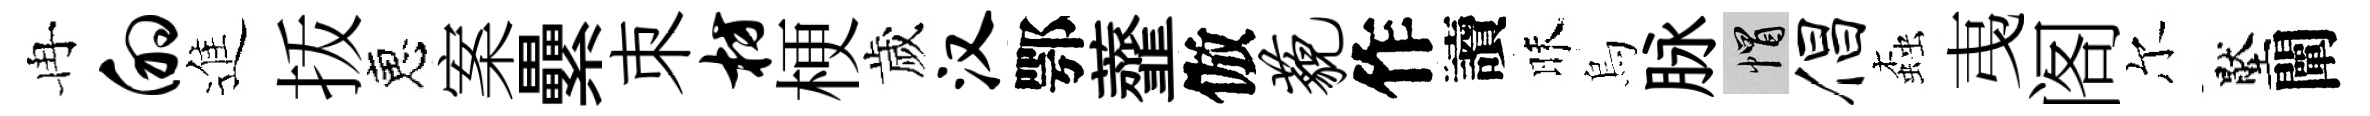
冉的進㧞恵案纍朿枋梗歲汉鄂虀倣藐作讀昧烏脉帽倡螙𢎯阁尔壓闡